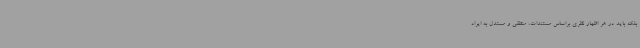
بلکه باید در هر اظهار نظری براساس مستندات، منطقی و مستدل به ایراد